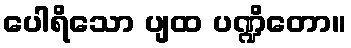
ပေါရိသော ပျထ ပဏ္ဍိတော။